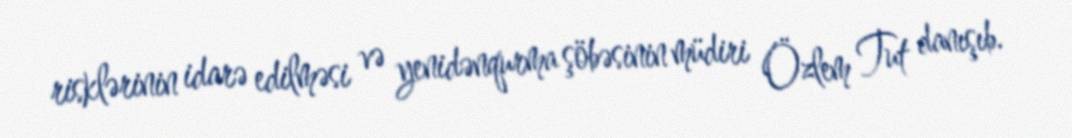
risklərinin idarə edilməsi və yenidənqurma şöbəsinin müdiri Özlem Tut danışıb.